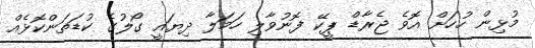
މުޅިން ހުހަށް އޮވެ ޖެރާޑް ޕީކޭ ފޮނުވާލި ހަމަލާ ދިޔައީ ގޯލުގެ ކުޑަތަންކޮޅެއް